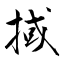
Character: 掝